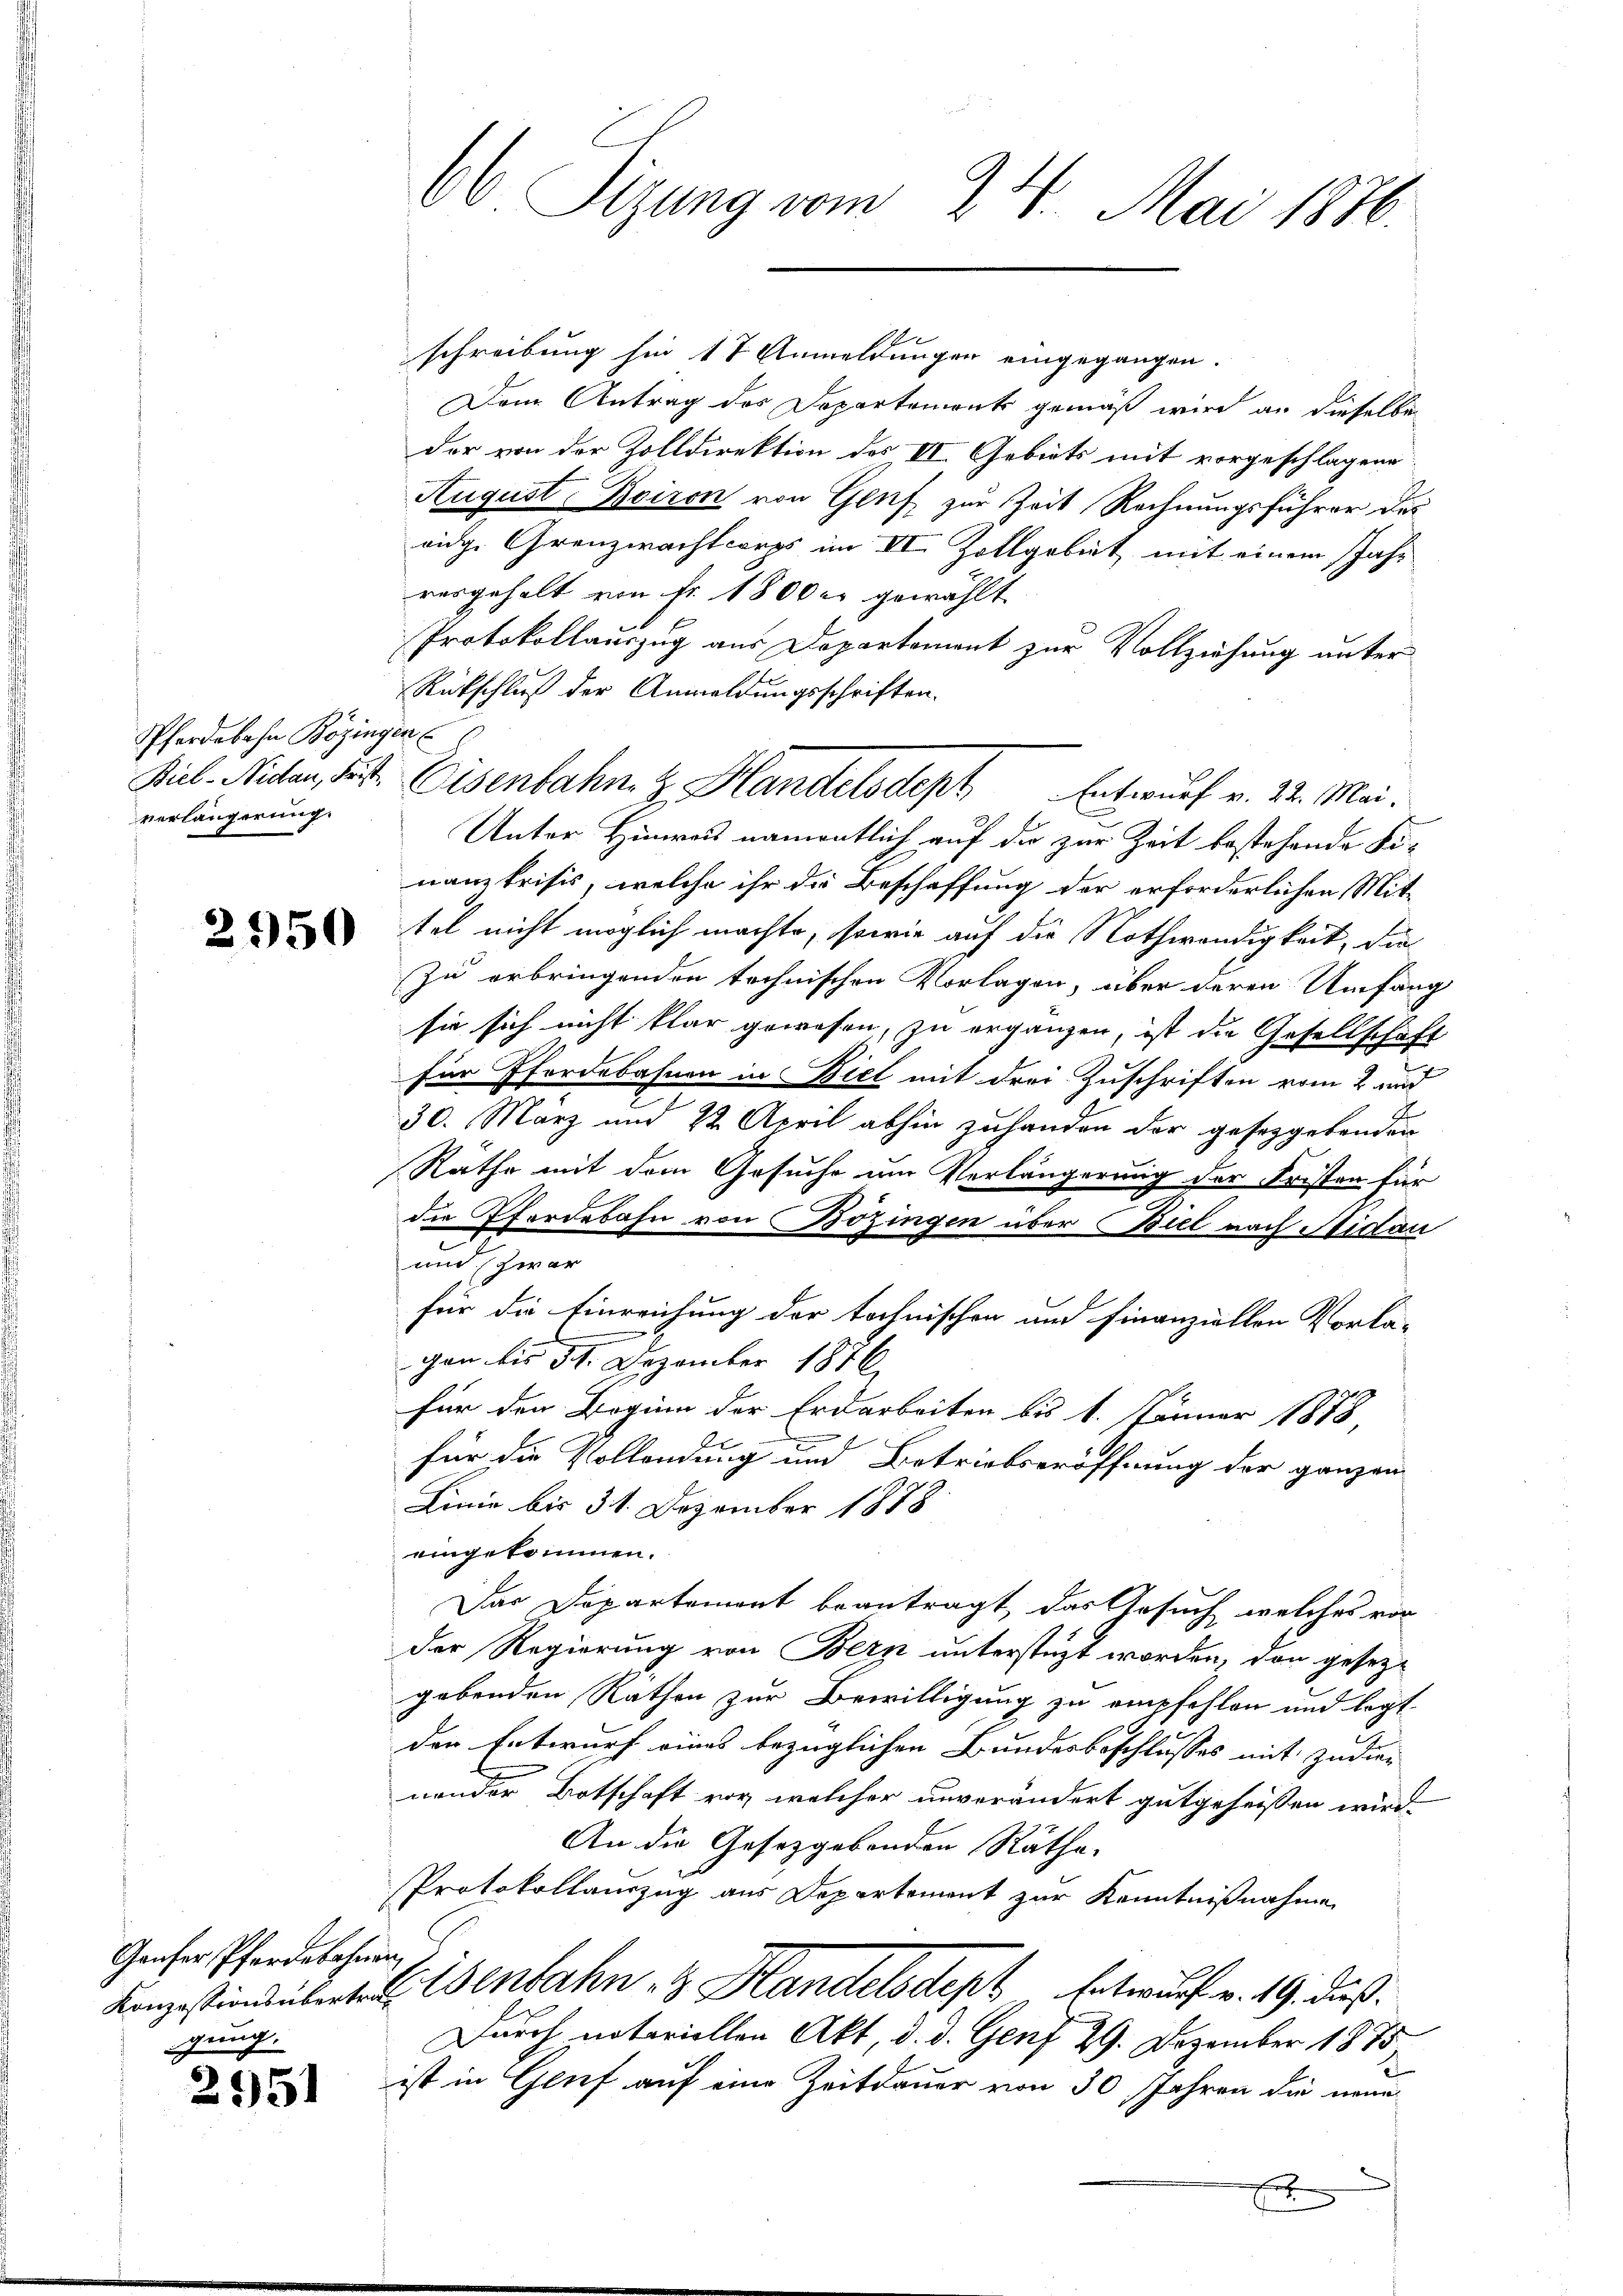
Pferdebahn Bözingen
verlängerung.

Ganfer Pferdebahnen,
gung.

2951

schreibung hin 17 Anmeldungen eingegangen.
Dem Antrag des Departement gemäß wird an dieselbe
der von der Zolldirektion des II. Gebiets mit vorgeschlagene
August Boiron von Glif zur Zeit Rechnungsführer des
vide Grenzwachtcorps im II. Zollgebiet mit einem Jahr
vergeholt von Fr. 1800 er gewählt
Protokollauszug aus Departement zur Vollziehung unter
Rückschluß der Anwaldungsschriften.
Unter Hinweis namentlich auf die zur Zeit bestehende Finanzkrisis, welche ihr die Beschaffung der erforderlichen Mit-
tel nicht möglich machte, sowie auf die Nothwendigkeit, die
Zu erbringenden technischen Vorlagen, über deren Umfang
sie sich nicht klar gewesen, zu ergänzen, ist die Gesellschaft
für Pferdebahnen in Biel mit drei Zuschriften vom 2 und
30. März und 22 April abhin zuhanden der gesetzgebenden
Rathe mit dem Gesuche um Verlängerung der Fristen für
die Pferdebahn von Bözingen über Biel nach Nidau
und zwar
für die Einreichung der tochnischen und finanziellen Vorka-
gen bis 31. Dezember 1876
für den Beginn der Erdarbeiten bis 1. Jänner 1878,
für die Vollendung und Betriebseröffnung der ganzen
Linie bis 31. Dezember 1878
eingekommen.
Das Departement beantragt, das Gesuch, welches vor
der Regierung von Bern unterstüzt worden, den gesezgebenden Rathen zur Bewilligung zu empfehlen und legt
den Entwurf eines bezüglichen Bundesbeschlusses mit zudier
nander Botschaft vor, welcher unverändert gutgeheissen wird.
An die Gesetzgebenden Räthe.
Protokollauszug aus Departement zur Kenntnißnahme
Konzesiodenbert. Eisenbahn & Handelsdept Entwurf v. 19. dieß.
Durch notariellen Akt, d. d. Genf 29. Dezember 1875,
ist in Genf auf eine Zeitdauer von 30 Jahren die neue
x

66 Sizung vom 24. Mai 1876.

Biel. Niden, Fest. Eisenbahn z. Handelsdept Entwurf v. 22. Mai.